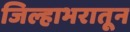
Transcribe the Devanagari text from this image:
जिल्हाभरातून